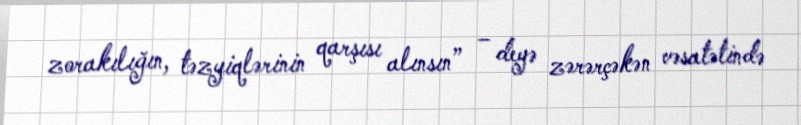
zorakılığın, təzyiqlərinin qarşısı alınsın” – deyə zərərçəkən vəsatətində